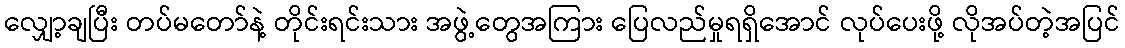
လျှော့ချပြီး တပ်မတော်နဲ့ တိုင်းရင်းသား အဖွဲ့တွေအကြား ပြေလည်မှုရရှိအောင် လုပ်ပေးဖို့ လိုအပ်တဲ့အပြင်